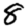
Digit: 8